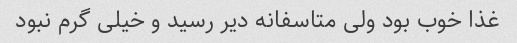
غذا خوب بود ولی متاسفانه دیر رسید و خیلی گرم نبود